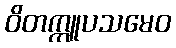
ဝိတက္ကူပသမေဝ